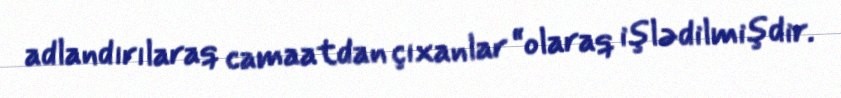
adlandırılaraq camaatdan çıxanlar “olaraq işlədilmişdir.